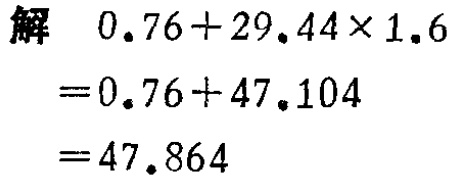
解
\[
\begin{align*}
&0.76 + 29.44\times1.6\\
=&0.76 + 47.104\\
=&47.864
\end{align*}
\]